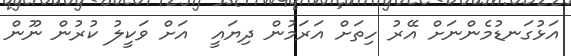
އަޅުގަނޑުމެންނަށް އޭރު ހިތަށް އަރަމުން ދިޔައީ  އަށް ވަކީލު ކުރުން ނޫން